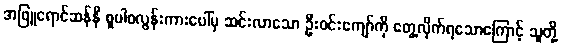
အဖြူရောင်ဆန်နီ စူပါစလွန်းကားပေါ်မှ ဆင်းလာသော ဦးဝင်းကျော်ကို တွေ့လိုက်ရသောကြောင့် သူတို့